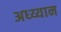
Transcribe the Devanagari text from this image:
अध्य्यान